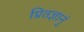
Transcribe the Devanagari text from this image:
प्रितज्ञानुं